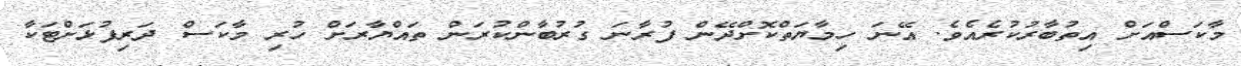
މާކަސްއަށް އިތުބާރުކުރެއެވެ. އޭނަ ހިމާޔަތްކޮށްދޭން ފުރާނަ ގުރުބާންކުރަން ތައްޔާރަށް ހުރި މާކަސް ދަރިފުޅަށްޓަކާ